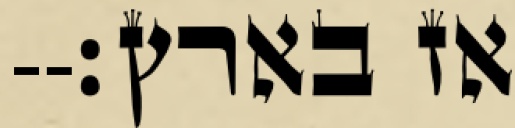
אז בארץ׃--